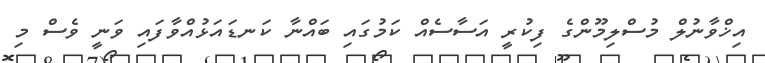
އިޚްވާނުލް މުސްލިމޫންގެ ފިކުރީ އަސާސެއް ކަމުގައި ބައްނާ ކަނޑައަޅުއްވާފައި ވަނީ ވެސް މި